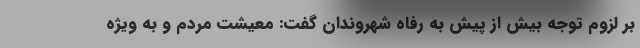
بر لزوم توجه بیش از پیش به رفاه شهروندان گفت: معیشت مردم و به ویژه